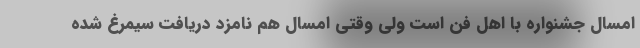
امسال جشنواره با اهل فن است ولی وقتی امسال هم نامزد دریافت سیمرغ شده